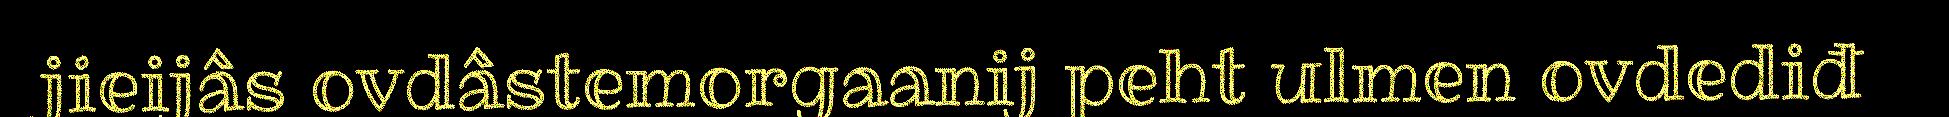
jieijâs ovdâstemorgaanij peht ulmen ovdediđ